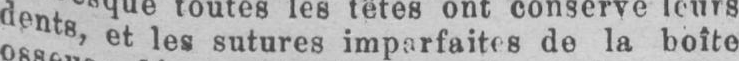
dents et les sutures imparfaites de la boîte